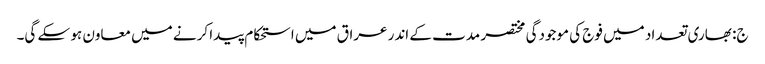
ج: بھاری تعداد میں فوج کی موجودگی مختصر مدت کے اندر عراق میں استحکام پیدا کرنے میں معاون ہو سکے گی۔